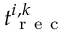
t _ { \mathrm { ~ r ~ e ~ c ~ } } ^ { i , k }